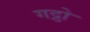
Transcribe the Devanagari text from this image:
गट्ठो